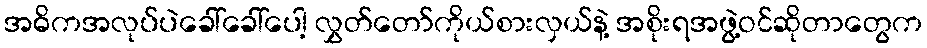
အဓိကအလုပ်ပဲခေါ်ခေါ်ပေါ့ လွှတ်တော်ကိုယ်စားလှယ်နဲ့ အစိုးရအဖွဲ့ဝင်ဆိုတာတွေက